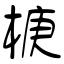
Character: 椩